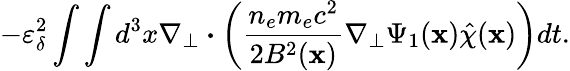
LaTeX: -\varepsilon_{\delta}^{2}\int\int d^{3}x\nabla_{\perp}\boldsymbol{\cdot}\left(\frac{n_{e}m_{e}c^{2}}{2B^{2}(\textbf{x})}\nabla_{\perp}\Psi_{1}(\textbf{x})\hat{\chi}(\textbf{x})\right)dt.